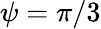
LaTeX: \psi=\pi/3